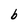
Character: b